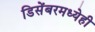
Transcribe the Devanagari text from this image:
डिसेंबरमध्येही